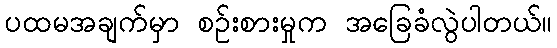
ပထမအချက်မှာ စဉ်းစားမှုက အခြေခံလွဲပါတယ်။